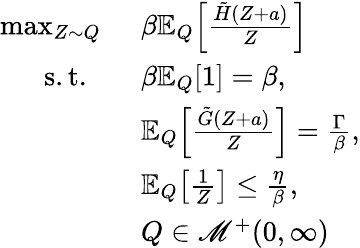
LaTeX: \begin{array}{rl}{\operatorname*{max}_{Z\sim Q}\ }&{\beta\mathbb{E}_{Q}\Big[\frac{\tilde{H}(Z+a)}{Z}\Big]}\\ {\mathrm{~s.t.~}\ \ }&{\beta\mathbb{E}_{Q}[1]=\beta,}\\ &{\mathbb{E}_{Q}\Big[\frac{\tilde{G}(Z+a)}{Z}\Big]=\frac{\Gamma}{\beta},}\\ &{\mathbb{E}_{Q}\big[\frac{1}{Z}\big]\leq\frac{\eta}{\beta},}\\ &{Q\in\mathscr{M}^{+}(0,\infty)}\end{array}